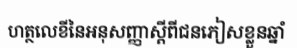
ហត្ថលេខីនៃអនុសញ្ញាស្តីពីជនភៀសខ្លួនឆ្នាំ